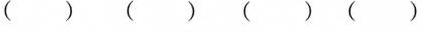
( )( )( )( )